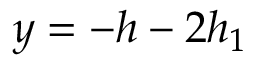
y = - h - 2 h _ { 1 }